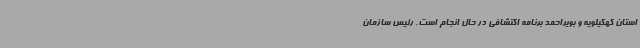
استان کهگیلویه و بویراحمد برنامه اکتشافی در حال انجام است. رئیس سازمان